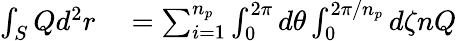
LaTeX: \begin{array}{rl}{\int_{S}Qd^{2}r}&{{}=\sum_{i=1}^{n_{p}}\int_{0}^{2\pi}d\theta\int_{0}^{2\pi/n_{p}}d\zeta nQ}\end{array}